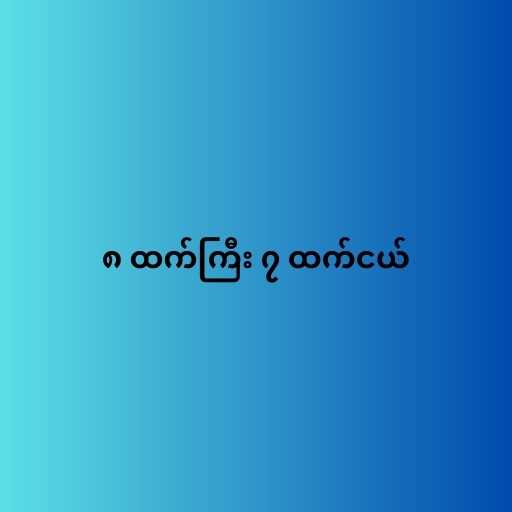
၈ ထက်ကြီး ၇ ထက်ငယ်